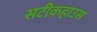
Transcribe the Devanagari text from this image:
सटीकहाउस